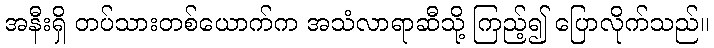
အနီးရှိ တပ်သားတစ်ယောက်က အသံလာရာဆီသို့ ကြည့်၍ ပြောလိုက်သည်။